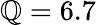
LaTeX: \mathbb{Q}=6.7